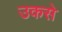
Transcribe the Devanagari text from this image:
उकसे